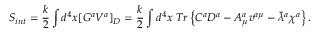
S _ { i n t } = \frac { k } { 2 } \int d ^ { 4 } x [ G ^ { a } V ^ { a } ] _ { D } = \frac { k } { 2 } \int d ^ { 4 } x \; T r \left\{ C ^ { a } D ^ { a } - A _ { \mu } ^ { a } v ^ { a \mu } - \bar { \lambda } { } ^ { a } \chi ^ { a } \right\} .